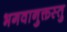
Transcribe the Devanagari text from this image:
भगवानुक्तस्तु